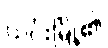
ယင်းမြို့၏